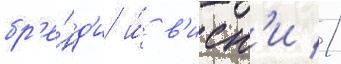
бр'е́нд'и и́ в'иск'и //